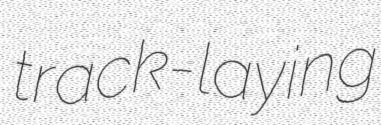
track-laying